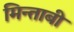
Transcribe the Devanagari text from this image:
मिन्ताबी